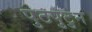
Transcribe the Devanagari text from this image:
पुटपुटुन